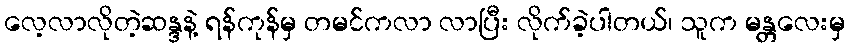
လေ့လာလိုတဲ့ဆန္ဒနဲ့ ရန်ကုန်မှ တမင်ကလာ လာပြီး လိုက်ခဲ့ပါတယ်၊ သူက မန္တလေးမှ